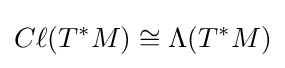
C\ell (T^{*}M)\cong \Lambda (T^{*}M)